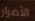
الأضرار